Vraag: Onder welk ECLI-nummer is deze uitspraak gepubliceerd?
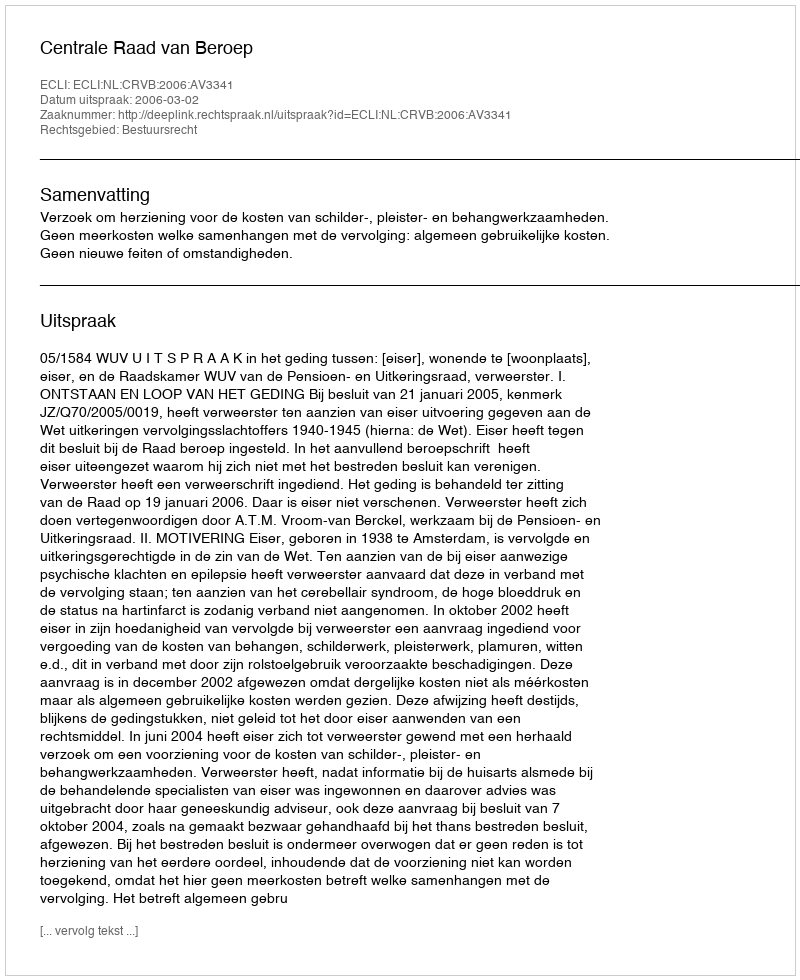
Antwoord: ECLI:NL:CRVB:2006:AV3341